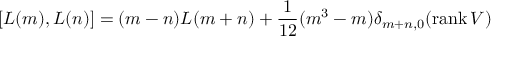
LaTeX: [ L ( m ) , L ( n ) ] = ( m - n ) L ( m + n ) + \frac { 1 } { 1 2 } ( m ^ { 3 } - m ) \delta _ { m + n , 0 } ( \mathrm { r a n k } \, V )